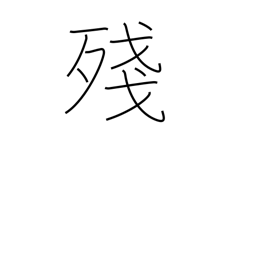
Meaning: leftover